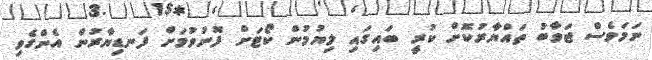
ނަމަވެސް ޖަވާބު ތައްޔާރުކޮށް ކުރީ ބައިގައި ލިޔުމުން ކޯޓަށް ފޮނުވުމަށް ފަނޑިޔާރުން އެންގެވި